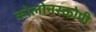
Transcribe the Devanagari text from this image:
कोलोनस्कोपी